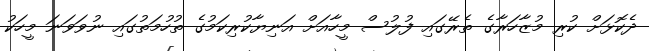
ދެކޮޅަށް ކުރި މުޒާހަރާގެ ތެރޭގައި ފުލުސް މީހާއަށް އަނިޔާކުރިކަމުގެ ތުހުމަތުގައި ނުވަވަނަ މީހަކު